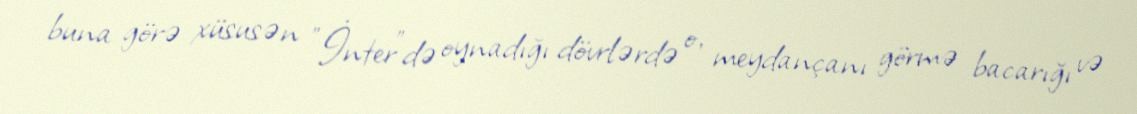
buna görə xüsusən "İnter"də oynadığı dövrlərdə o, meydançanı görmə bacarığı və